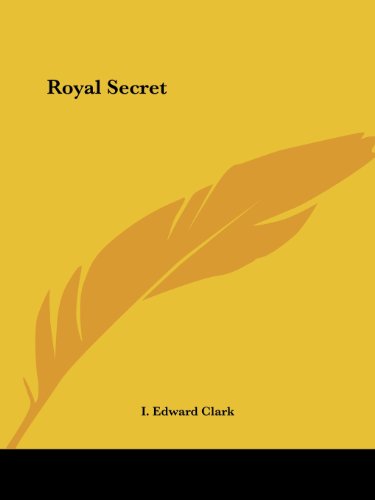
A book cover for Royal Secret; I. Edward Clark; Religion & Spirituality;